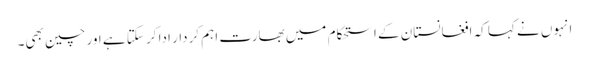
انہوں نے کہا کہ افغانستان کے استحکام میں بھارت اہم کردار ادا کر سکتا ہے اور چین بھی۔